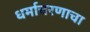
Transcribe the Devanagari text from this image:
धर्माचरणाचा